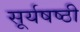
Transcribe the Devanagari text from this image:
सूर्यषष्ठी